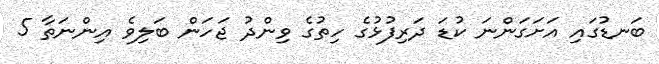
ބަނޑުގައި އަށަގަންނަ ކުޑަ ދަރިފުޅުގެ ހިތުގެ ވިންދު ޖަހަން ބަލިވެ އިންނަތާ 5